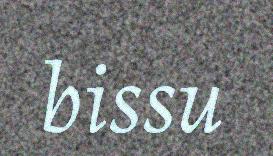
bissu